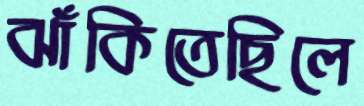
ঝাঁকিতেছিলে